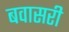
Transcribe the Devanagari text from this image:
बवासरी